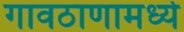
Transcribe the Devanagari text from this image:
गावठाणामध्ये